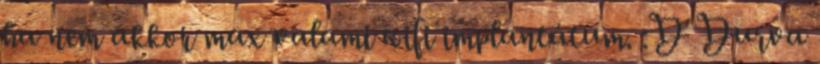
ha nem akkor max valami wifi implantátum. :D Durva